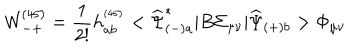
LaTeX: { \mathsf W } _ { - + } ^ { ( 4 5 ) } = \frac { 1 } { 2 ! } h _ { a b } ^ { ^ { ( 4 5 ) } } < \widehat { \Psi } _ { ( - ) a } ^ { * } | B \Sigma _ { \mu \nu } | \widehat { \Psi } _ { ( + ) b } > \Phi _ { \mu \nu }